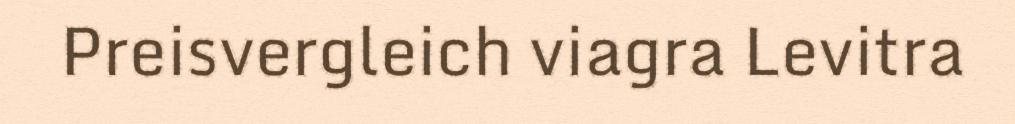
Preisvergleich viagra Levitra